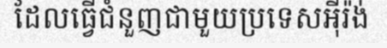
ដែលធ្វើជំនួញជាមួយប្រទេសអ៊ីរ៉ង់